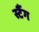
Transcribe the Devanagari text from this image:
स्टैंग